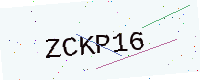
Text: ZCKP16